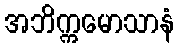
အဘိက္ကမောသာနံ